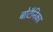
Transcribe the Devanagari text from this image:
बोटैनिका